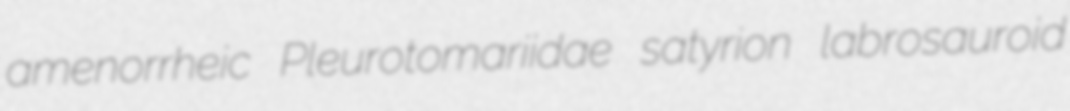
amenorrheic Pleurotomariidae satyrion labrosauroid